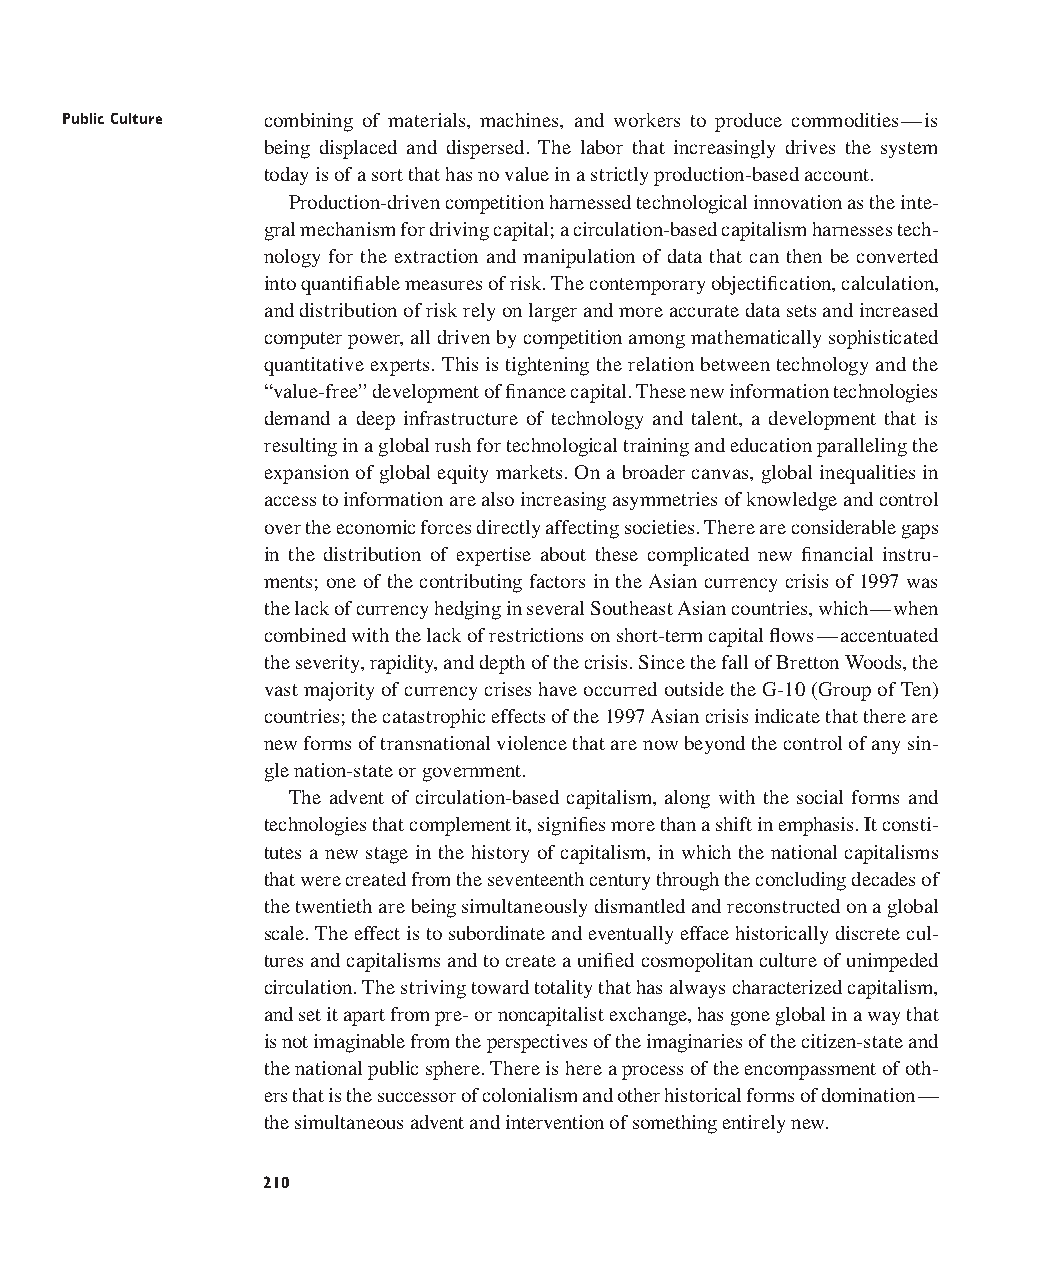
Public Culture combining of materials, machines, and workers to produce commodities—is
 being displaced and dispersed. The labor that increasingly drives the system
 today is of a sort that has no value in a strictly production-based account.
 Production-driven competition harnessed technological innovation as the inte-
 gral mechanism for driving capital; a circulation-based capitalism harnesses tech-
 nology for the extraction and manipulation of data that can then be converted
 into quantifiable measures of risk. The contemporary objectification, calculation,
 and distribution of risk rely on larger and more accurate data sets and increased
 computer power, all driven by competition among mathematically sophisticated
 quantitative experts. This is tightening the relation between technology and the
 “value-free” development of finance capital. These new information technologies
 demand a deep infrastructure of technology and talent, a development that is
 resulting in a global rush for technological training and education paralleling the
 expansion of global equity markets. On a broader canvas, global inequalities in
 access to information are also increasing asymmetries of knowledge and control
 over the economic forces directly affecting societies. There are considerable gaps
 in the distribution of expertise about these complicated new financial instru-
 ments; one of the contributing factors in the Asian currency crisis of 1997 was
 the lack of currency hedging in several Southeast Asian countries, which—when
 combined with the lack of restrictions on short-term capital flows—accentuated
 the severity, rapidity, and depth of the crisis. Since the fall of Bretton Woods, the
 vast majority of currency crises have occurred outside the G-10 (Group of Ten)
 countries; the catastrophic effects of the 1997 Asian crisis indicate that there are
 new forms of transnational violence that are now beyond the control of any sin-
 gle nation-state or government.
 The advent of circulation-based capitalism, along with the social forms and
 technologies that complement it, signifies more than a shift in emphasis. It consti-
 tutes a new stage in the history of capitalism, in which the national capitalisms
 that were created from the seventeenth century through the concluding decades of
 the twentieth are being simultaneously dismantled and reconstructed on a global
 scale. The effect is to subordinate and eventually efface historically discrete cul-
 tures and capitalisms and to create a unified cosmopolitan culture of unimpeded
 circulation. The striving toward totality that has always characterized capitalism,
 and set it apart from pre- or noncapitalist exchange, has gone global in a way that
 is not imaginable from the perspectives of the imaginaries of the citizen-state and
 the national public sphere. There is here a process of the encompassment of oth-
 ers that is the successor of colonialism and other historical forms of domination—
 the simultaneous advent and intervention of something entirely new.
 210